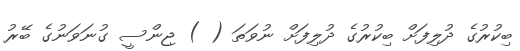
ބިކުރުގެ ދުލިފަށް ބިކުރުގެ ދުލިފަށް ނުވަތަ ( ) ޖިންސީ ގުނަވަނުގެ ބޭރު